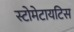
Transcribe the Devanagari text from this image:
स्टोमेटायटिस